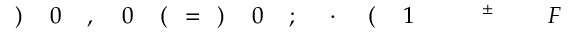
F \! \! \! \! \! \! \! \! \! \! \! \! ^ { \! \! \! \! \! \! \! \! \! \! \! \! \pm } \! \! \! \! \! \! \! \! \! \! \! \! _ { \! } \! \! \! \! \! \! \! \! \! \! \! 1 \! \! \! \! \! \! \! \! \! \! \! \! ( \! \! \! \! \! \! \! \! \! \! \! \! \cdot \! \! \! \! \! \! \! \! \! \! \! \! ; \! \! \! \! \! \! \! \! \! \! \! \! 0 \! \! \! \! \! \! \! \! \! \! \! \! ) \! \! \! \! \! \! \! \! \! \! \! \! = \! \! \! \! \! \! \! \! \! \! \! \! ( \! \! \! \! \! \! \! \! \! \! \! \! 0 \! \! \! \! \! \! \! \! \! \! \! \! , \! \! \! \! \! \! \! \! \! \! \! \! 0 \! \! \! \! \! \! \! \! \! \! \! \! ) \! \! \! \! \! \! \! \! \! \! \!